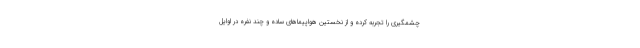
چشمگیری را تجربه کرده و از نخستین هواپیماهای ساده و چند نفره در اوایل